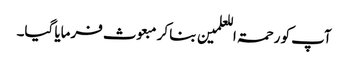
آپ کو رحمۃ اللعلمین بنا کر مبعوث فرمایا گیا۔